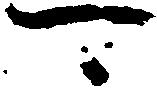
可